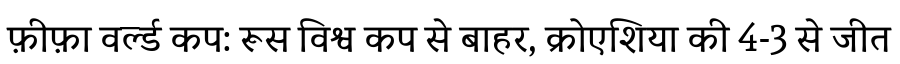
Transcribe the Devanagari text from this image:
फ़ीफ़ा वर्ल्ड कप: रूस विश्व कप से बाहर, क्रोएशिया की 4-3 से जीत